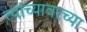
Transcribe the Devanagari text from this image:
त्यांच्यावरच्या